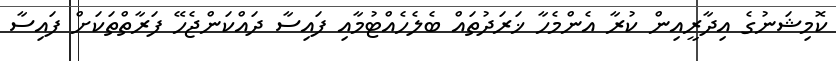
ކޮމިޝަނުގެ އިދާރީއިން ކުރާ އެންމެހާ ޚަރަދުތައް ބެލެހެއްޓުމާއި ފައިސާ ދައްކަންޖެހޭ ފަރާތްތަކަށް ފައިސާ